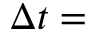
\Delta t = \,